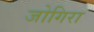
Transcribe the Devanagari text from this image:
जोगिरा